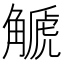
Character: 䚦